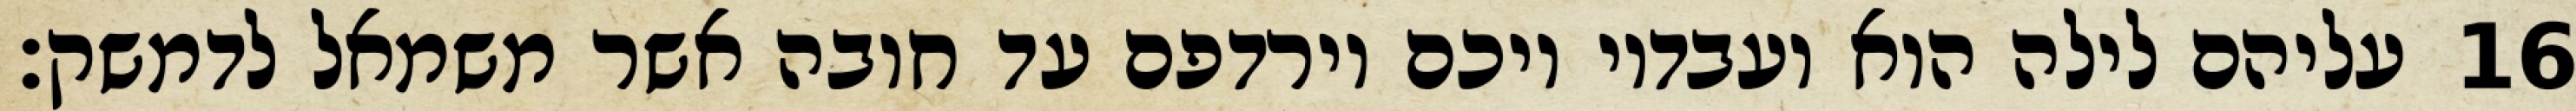
עליהם לילה הוא ועבדיו ויכם וירדפם עד חובה אשר משמאל לדמשק׃ ‎16‏